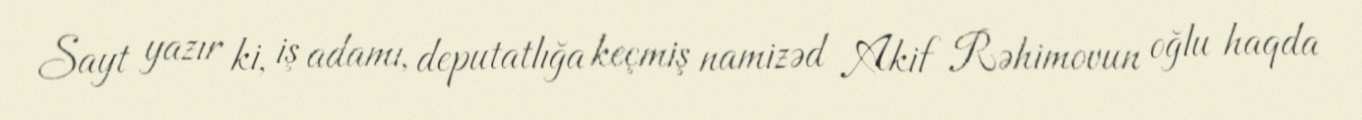
Sayt yazır ki, iş adamı, deputatlığa keçmiş namizəd Akif Rəhimovun oğlu haqda